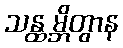
သန္ထမ္ဘိတွာန